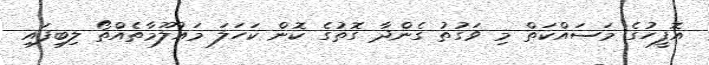
އޮފީހުގެ މަސައްކަތް މި ވަގުތު ގެންދާ ގޮތުގެ ކޮން ކަހަލަ މައުލޫމާތެއްތޯ ލިބިފައި